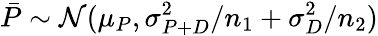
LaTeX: \bar{P}\sim\mathcal N(\mu_{P},\sigma_{P+D}^{2}/n_{1}+\sigma_{D}^{2}/n_{2})